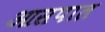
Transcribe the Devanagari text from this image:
आसपाल